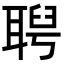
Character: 𦖙